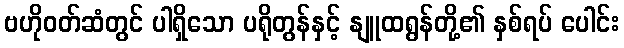
ဗဟိုဝတ်ဆံတွင် ပါရှိသော ပရိုတွန်နှင့် နျူထရွန်တို့၏ နှစ်ရပ် ပေါင်း